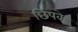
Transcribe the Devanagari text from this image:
छिपके